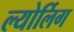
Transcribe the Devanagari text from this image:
ल्योर्लिग